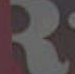
3